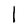
Character: l